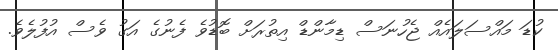
ކުޑަ މައްސަލައެއް ޖެހުނަސް ޑިމާންޑް އިތުރަށް ބޮޑުވެ ފެނުގެ އަގު ވެސް އުފުލެވެ.